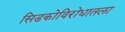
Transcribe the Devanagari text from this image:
सिडकोविरोधातला